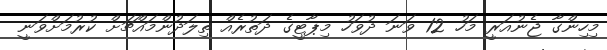
މިހިންގާ ޖެނުއަރީ މަހު 12 ވަނަ ދުވަހު މިޕާޓީގެ ދަތުރެއް ތިލަދުންމައްޗަށް ކުރުމަށްވަނީ